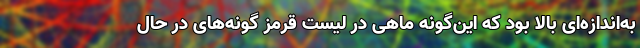
به‌اندازه‌ای بالا بود که این‌گونه ماهی در لیست قرمز گونه‌های در حال